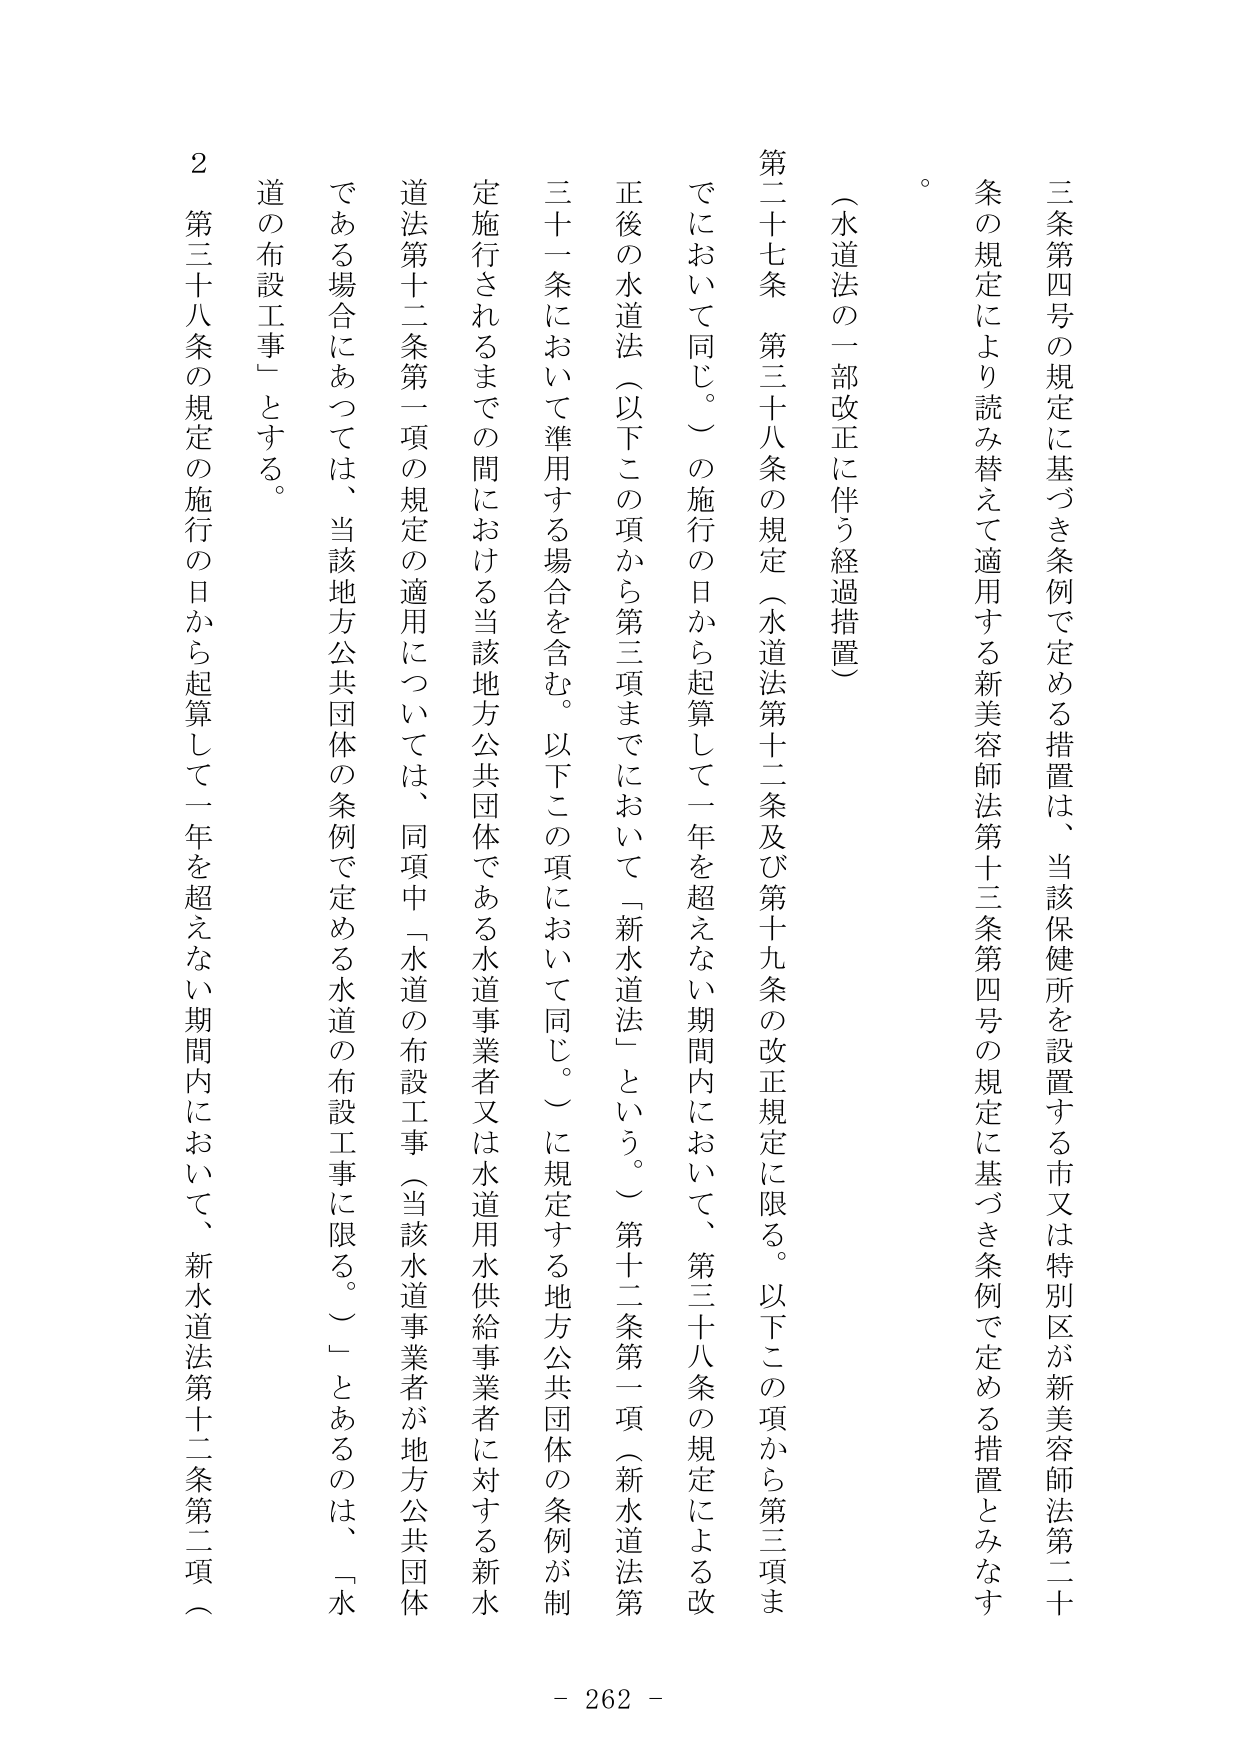
三条第四号の規定に基づき条例で定める措置は、当該保健所を設置する市又は特別区が新美容師法第二十条の規定により読み替えて適用する新美容師法第十三条第四号の規定に基づき条例で定める措置とみなす。

（水道法の一部改正に伴う経過措置）

第二十七条　第三十八条の規定（水道法第十二条及び第十九条の改正規定に限る。以下この項から第三項までにおいて同じ。）の施行の日から起算して一年を超えない期間内において、第三十八条の規定による改正後の水道法（以下この項から第三項までにおいて「新水道法」という。）第十二条第一項（新水道法第三十一条において準用する場合を含む。以下この項において同じ。）に規定する地方公共団体の条例が制定施行されるまでの間における当該地方公共団体である水道事業者又は水道用水供給事業者に対する新水道法第十二条第一項の規定の適用については、同項中「水道の布設工事（当該水道事業者が地方公共団体である場合にあっては、当該地方公共団体の条例で定める水道の布設工事に限る。）」とあるのは、「水道の布設工事」とする。

２　第三十八条の規定の施行の日から起算して一年を超えない期間内において、新水道法第十二条第二項（

- 262 -